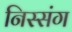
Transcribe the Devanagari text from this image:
निस्संग